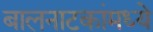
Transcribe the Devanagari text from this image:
बालनाटकांमध्ये